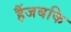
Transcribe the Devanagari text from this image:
हैंजबकि